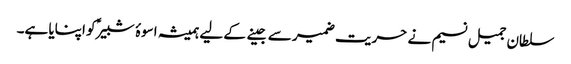
سلطان جمیل نسیم نے حریت ضمیر سے جینے کے لیے ہمیشہ اسوۂ شبیرؑ کو اپنایا ہے۔